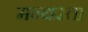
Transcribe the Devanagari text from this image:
मन्थरता